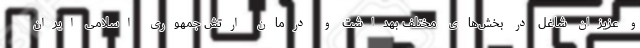
و عزیزان شاغل در بخش‌های مختلف بهداشت و درمان ارتش جمهوری اسلامی ایران